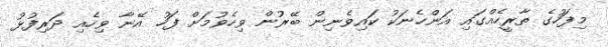
މިފަހުގެ ތާރީހެއްގައި އަންހެނަކު ކައިވެނިން ބޭރުން ވިހެވުމަށް ފަހު އޭނާ ވިހެއި ދަރިފުޅު